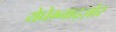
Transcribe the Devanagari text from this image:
येघेग्नाद्ज़ोर